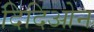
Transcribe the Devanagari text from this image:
दिदिओन